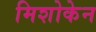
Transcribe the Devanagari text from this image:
मिशोकेन